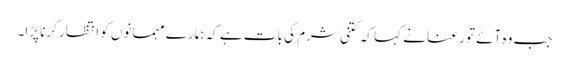
جب وہ آئے تو رعنا نے کہا کہ کتنی شرم کی بات ہے کہ ہمارے مہمانوں کو انتظار کرنا پڑا۔